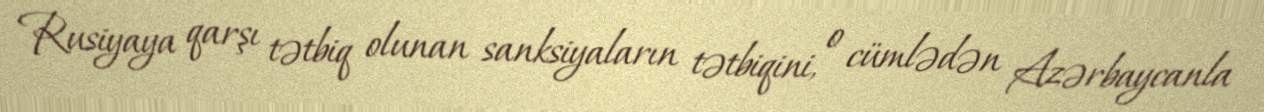
Rusiyaya qarşı tətbiq olunan sanksiyaların tətbiqini, o cümlədən Azərbaycanla